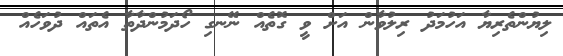
ލިޔުންތެރިޔާ އަހުމަދު ރިލުވާން އަށް ވީ ގޮތެއް ނޭނގި ހޯދަމުންދާތާ އެތައް ދުވަހެއް